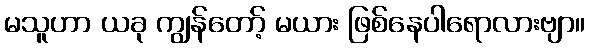
မသူဟာ ယခု ကျွန်တော့် မယား ဖြစ်နေပါရောလားဗျာ။